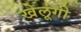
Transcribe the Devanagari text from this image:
खेलूंगी